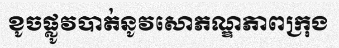
ខូចផ្លូវបាត់នូវសោភណ្ឌភាពក្រុង